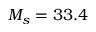
M _ { s } = 3 3 . 4